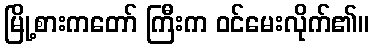
မြို့စားကတော် ကြီးက ဝင်မေးလိုက်၏။